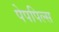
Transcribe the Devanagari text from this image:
पेपपिल्स